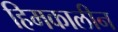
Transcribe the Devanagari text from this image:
हिमकालीन